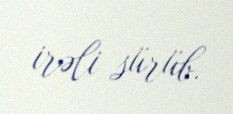
irəli sürüb.